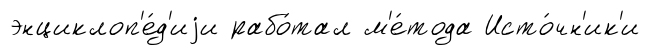
энциклоп'е́д'иjи рабо́тал м'е́тода Исто́чн'ик'и